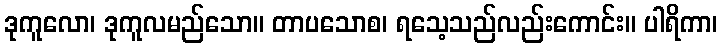
ဒုကူလော၊ ဒုကူလမည်သော။ တာပသောစ၊ ရသေ့သည်လည်းကောင်း။ ပါရိကာ၊